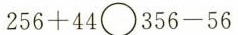
$$2 5 6 + 4 4 \circ 3 5 6 - 5 6$$